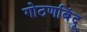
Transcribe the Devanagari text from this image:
गोठणबिंदू